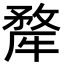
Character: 𭷳